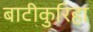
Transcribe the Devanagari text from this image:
बाटीकुरिहा